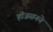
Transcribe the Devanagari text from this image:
हॉजसनने